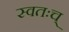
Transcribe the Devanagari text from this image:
स्वतःच्